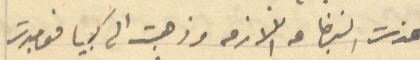
اخذت البضاعه اللازمه وذهبت الى كبيا فوجدت